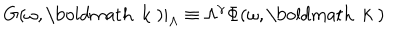
\left. G ( \omega , \mathrm { \boldmath ~ k ~ } ) \right| _ { \Lambda } \equiv \Lambda ^ { \gamma } \Phi ( \omega , \mathrm { \boldmath ~ k ~ } )